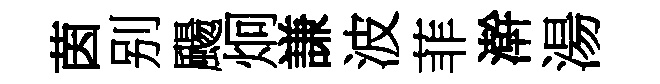
茵别颺炯謙波菲澣湯